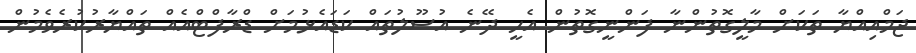
ޖަމްއިއްޔާ ތަކަށް މާލީގޮތުންނާ ފަންނީގޮތުން އެހީ ދޭނެ އުސޫލުތައް ކަޑައެޅުމަށް ޑްރާފްޓްއެއް ތައްޔާރުކުރެވެމުން